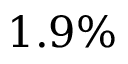
1 . 9 \%